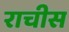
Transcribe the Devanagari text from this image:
राचीस